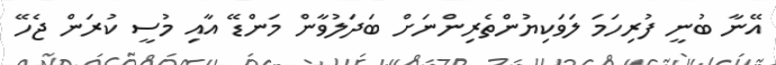
އޭނާ ބުނީ ފުރިހަމަ ލަވަކިޔުންތެރިންނަށް ބަދަލުވާން މަންޑޭ އާއި މުސީ ކުރަން ޖެހޭ